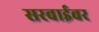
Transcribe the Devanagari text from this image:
सरवाईवर